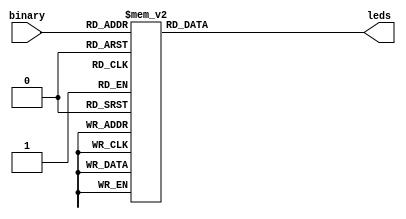
module HexControl (binary, leds);
	input      [3:0] binary;
	output reg [6:0] leds;
	
	always @(*)
		case (binary)
		// 3210            6543210
		4'b0000: leds = 7'b1000000; //0
		4'b0001: leds = 7'b1111001; //1
		4'b0010: leds = 7'b0100100; //2
		4'b0011: leds = 7'b0110000; //3
		4'b0100: leds = 7'b0011001; //4
		4'b0101: leds = 7'b0010010; //5
		4'b0110: leds = 7'b0000010; //6
		4'b0111: leds = 7'b1111000; //7
		4'b1000: leds = 7'b0000000; //8
		4'b1001: leds = 7'b0010000; //9
		4'b1010: leds = 7'b0001000; //A
		4'b1011: leds = 7'b0000011; //B
		4'b1100: leds = 7'b1000110; //C
		4'b1101: leds = 7'b0100001; //D
		4'b1110: leds = 7'b0000110; //E
		4'b1111: leds = 7'b0001110; //F
endcase 

endmodule